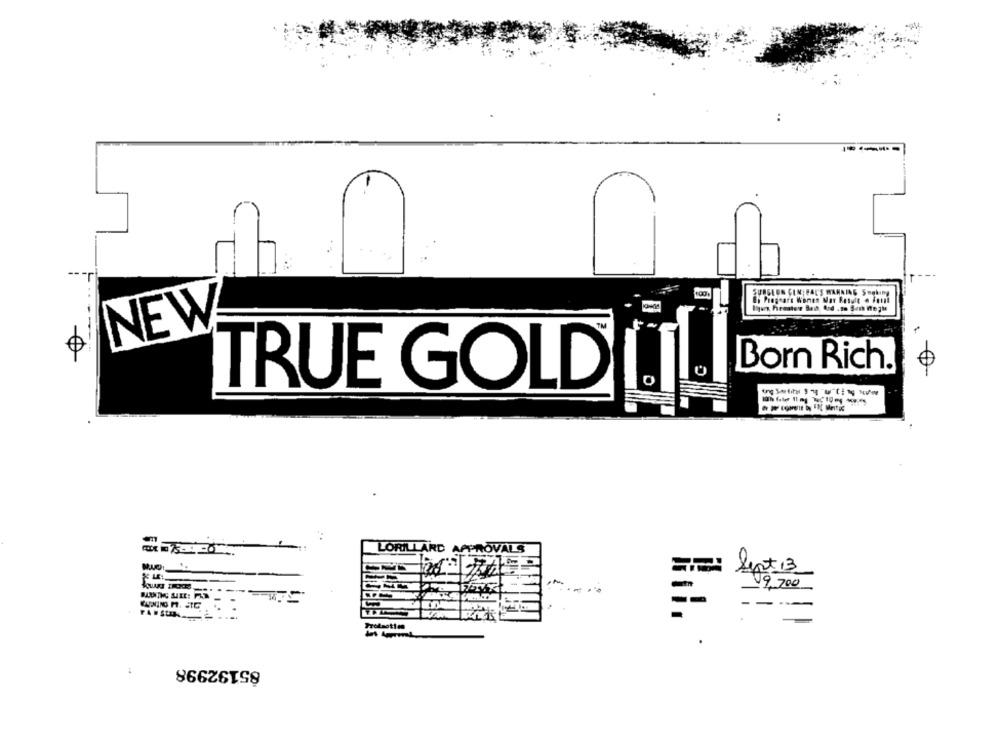
100
SURGEON CEN; FAC'S WARNING SHaking
Si Progears Wonen Mar Result & Fout
NEW
Born Rich.
TRUE GOLDI
LORILLARD APPROVALS
Sept 13
19, 200
-
Prolaotien
85192998